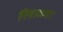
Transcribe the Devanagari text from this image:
निंबाळ्या